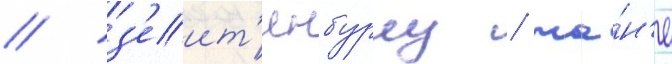
/ з'еит'инбурну / ча́н'е